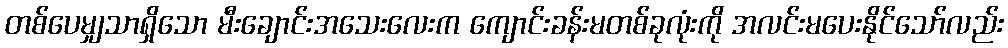
တစ်ပေမျှသာရှိသော မီးချောင်းအသေးလေးက ကျောင်းခန်းမတစ်ခုလုံးကို အလင်းမပေးနိုင်သော်လည်း